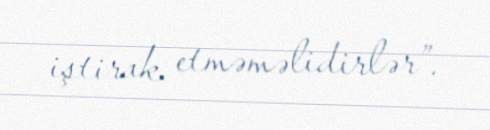
iştirak etməməlidirlər”.